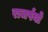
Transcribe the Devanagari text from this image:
राजर्षयो